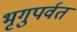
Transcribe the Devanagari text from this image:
भृगुपर्वत